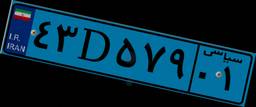
۸۶D۴۵۲۱۴